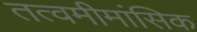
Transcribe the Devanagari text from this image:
तत्वमीमांसिक